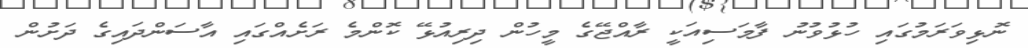
ނޮޅިވަރަމުގައި ހުޅުވުނު ފާމަސިއަކީ ރާއްޖޭގެ މީހުން ދިރިއުޅޭ ކޮންމެ ރަށެއްގައި އާސަންދައިގެ ދަށުން